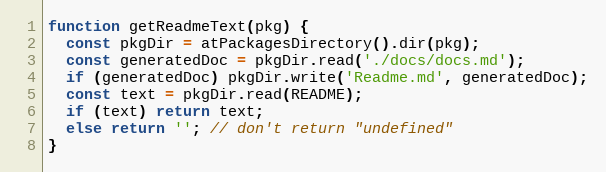
Language: JavaScript
function getReadmeText(pkg) {
  const pkgDir = atPackagesDirectory().dir(pkg);
  const generatedDoc = pkgDir.read('./docs/docs.md');
  if (generatedDoc) pkgDir.write('Readme.md', generatedDoc);
  const text = pkgDir.read(README);
  if (text) return text;
  else return ''; // don't return "undefined"
}